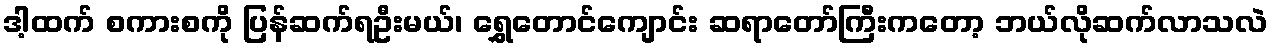
ဒါ့ထက် စကားစကို ပြန်ဆက်ရဦးမယ်၊ ရွှေတောင်ကျောင်း ဆရာတော်ကြီးကတော့ ဘယ်လိုဆက်လာသလဲ